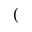
(